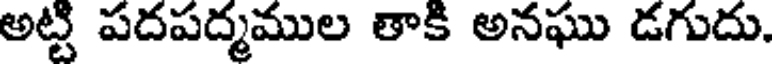
అట్టి పదపద్మముల తాకి అనఘు డగుదు.